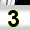
Digit: 3